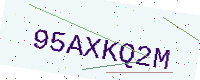
Text: 95AXKQ2M